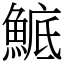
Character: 鯳